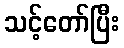
သင့်တော်ပြီး